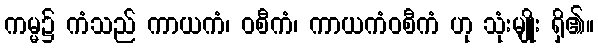
ကမ္မ၌ ကံသည် ကာယကံ၊ ဝစီကံ၊ ကာယကံဝစီကံ ဟု သုံးမျိုး ရှိ၏။